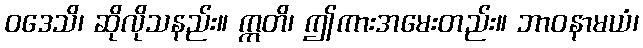
ဝဒေသိ၊ ဆိုလိုသနည်း။ ဣတိ၊ ဤကားအမေးတည်း။ ဘာဝနာမယံ၊